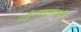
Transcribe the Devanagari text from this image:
राजेरजवाड्यांनी